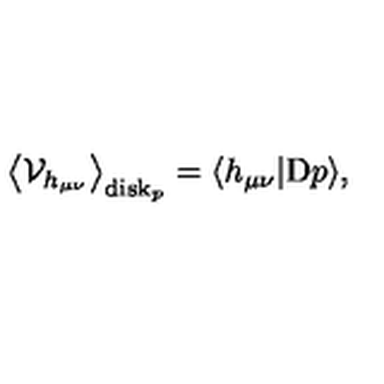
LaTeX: \big \langle { \cal V } _ { h _ { \mu \nu } } \big \rangle _ { \mathrm { d i s k } _ { p } } = \langle h _ { \mu \nu } | \mathrm { D } p \rangle ,